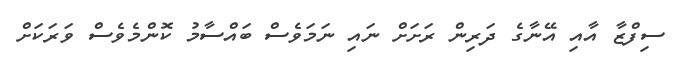
ސިފްޒާ އާއި އޭނާގެ ދަރިން ރަށަށް ނައި ނަމަވެސް ބައްސާމު ކޮންމެވެސް ވަރަކަށް